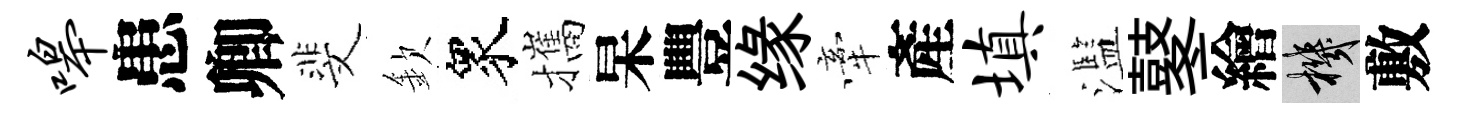
嗥患卿斐欽衆攜杲豐缘牽產填濫鼕繪機敷